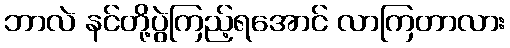
ဘာလဲ နင်တို့ပွဲကြည့်ရအောင် လာကြတာလား